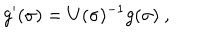
LaTeX: g ^ { \prime } ( \sigma ) = U ( \sigma ) ^ { - 1 } g ( \sigma ) ~ , ~ ~